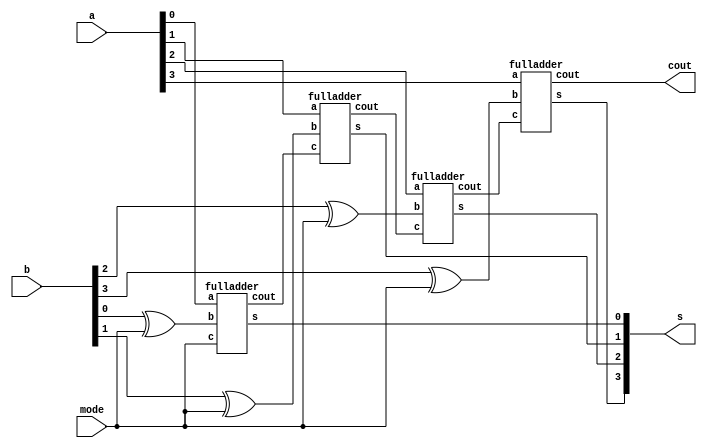
module addersub(a,b,mode,s,cout);
input [3:0]a,b;
input mode;
output [3:0]s;
output cout;
wire b0,b1,b2,b3;
wire c1,c2,c3;
xor (b0,b[0],mode);
xor (b1,b[1],mode);
xor (b2,b[2],mode);
xor (b3,b[3],mode);

fulladder f1(a[0],b0,mode,s[0],c1);
fulladder f2(a[1],b1,c1,s[1],c2);
fulladder f3(a[2],b2,c2,s[2],c3);
fulladder f4(a[3],b3,c3,s[3],cout);
endmodule

module fulladder(a,b,c,s,cout);
input a,b,c;
output s,cout;
assign s=a^b^c;
assign cout =(a&b)||(b&c)||(c&a);
endmodule


module addersub_tb;
reg [3:0]a,b;
reg mode;
wire [3:0]s;
wire cout;
integer i;
addersub a1(a,b,mode,s,cout);
initial
begin
for (i=0;i<256;i=i+1)
begin
#2 {a,b,mode}=i;
end
end
endmodule